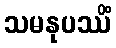
သမနုပဿိံ